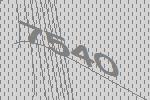
7540